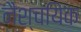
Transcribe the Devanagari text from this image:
नैश्चयिक